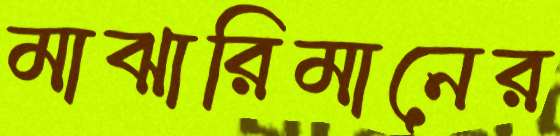
মাঝারিমানের